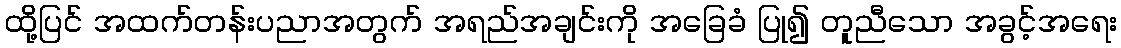
ထို့ပြင် အထက်တန်းပညာအတွက် အရည်အချင်းကို အခြေခံ ပြု၍ တူညီသော အခွင့်အရေး